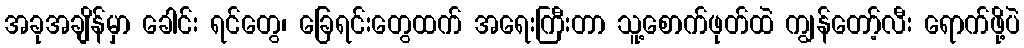
အခုအချိန်မှာ ခေါင်း ရင်တွေ၊ ခြေရင်းတွေထက် အရေးကြီးတာ သူ့စောက်ဖုတ်ထဲ ကျွန်တော့်လီး ရောက်ဖို့ပဲ